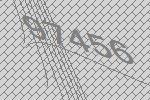
97456